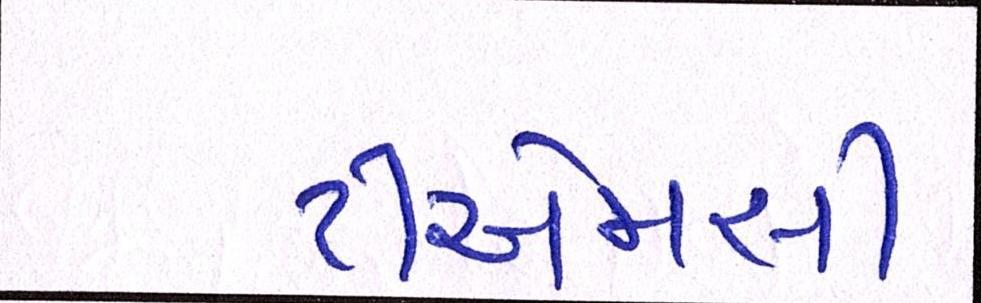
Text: ટીએમસી